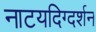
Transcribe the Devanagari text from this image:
नाटयदिग्दर्शन